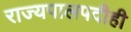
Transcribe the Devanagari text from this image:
राज्यपालपदीही